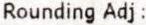
ROUNDING ADJ :